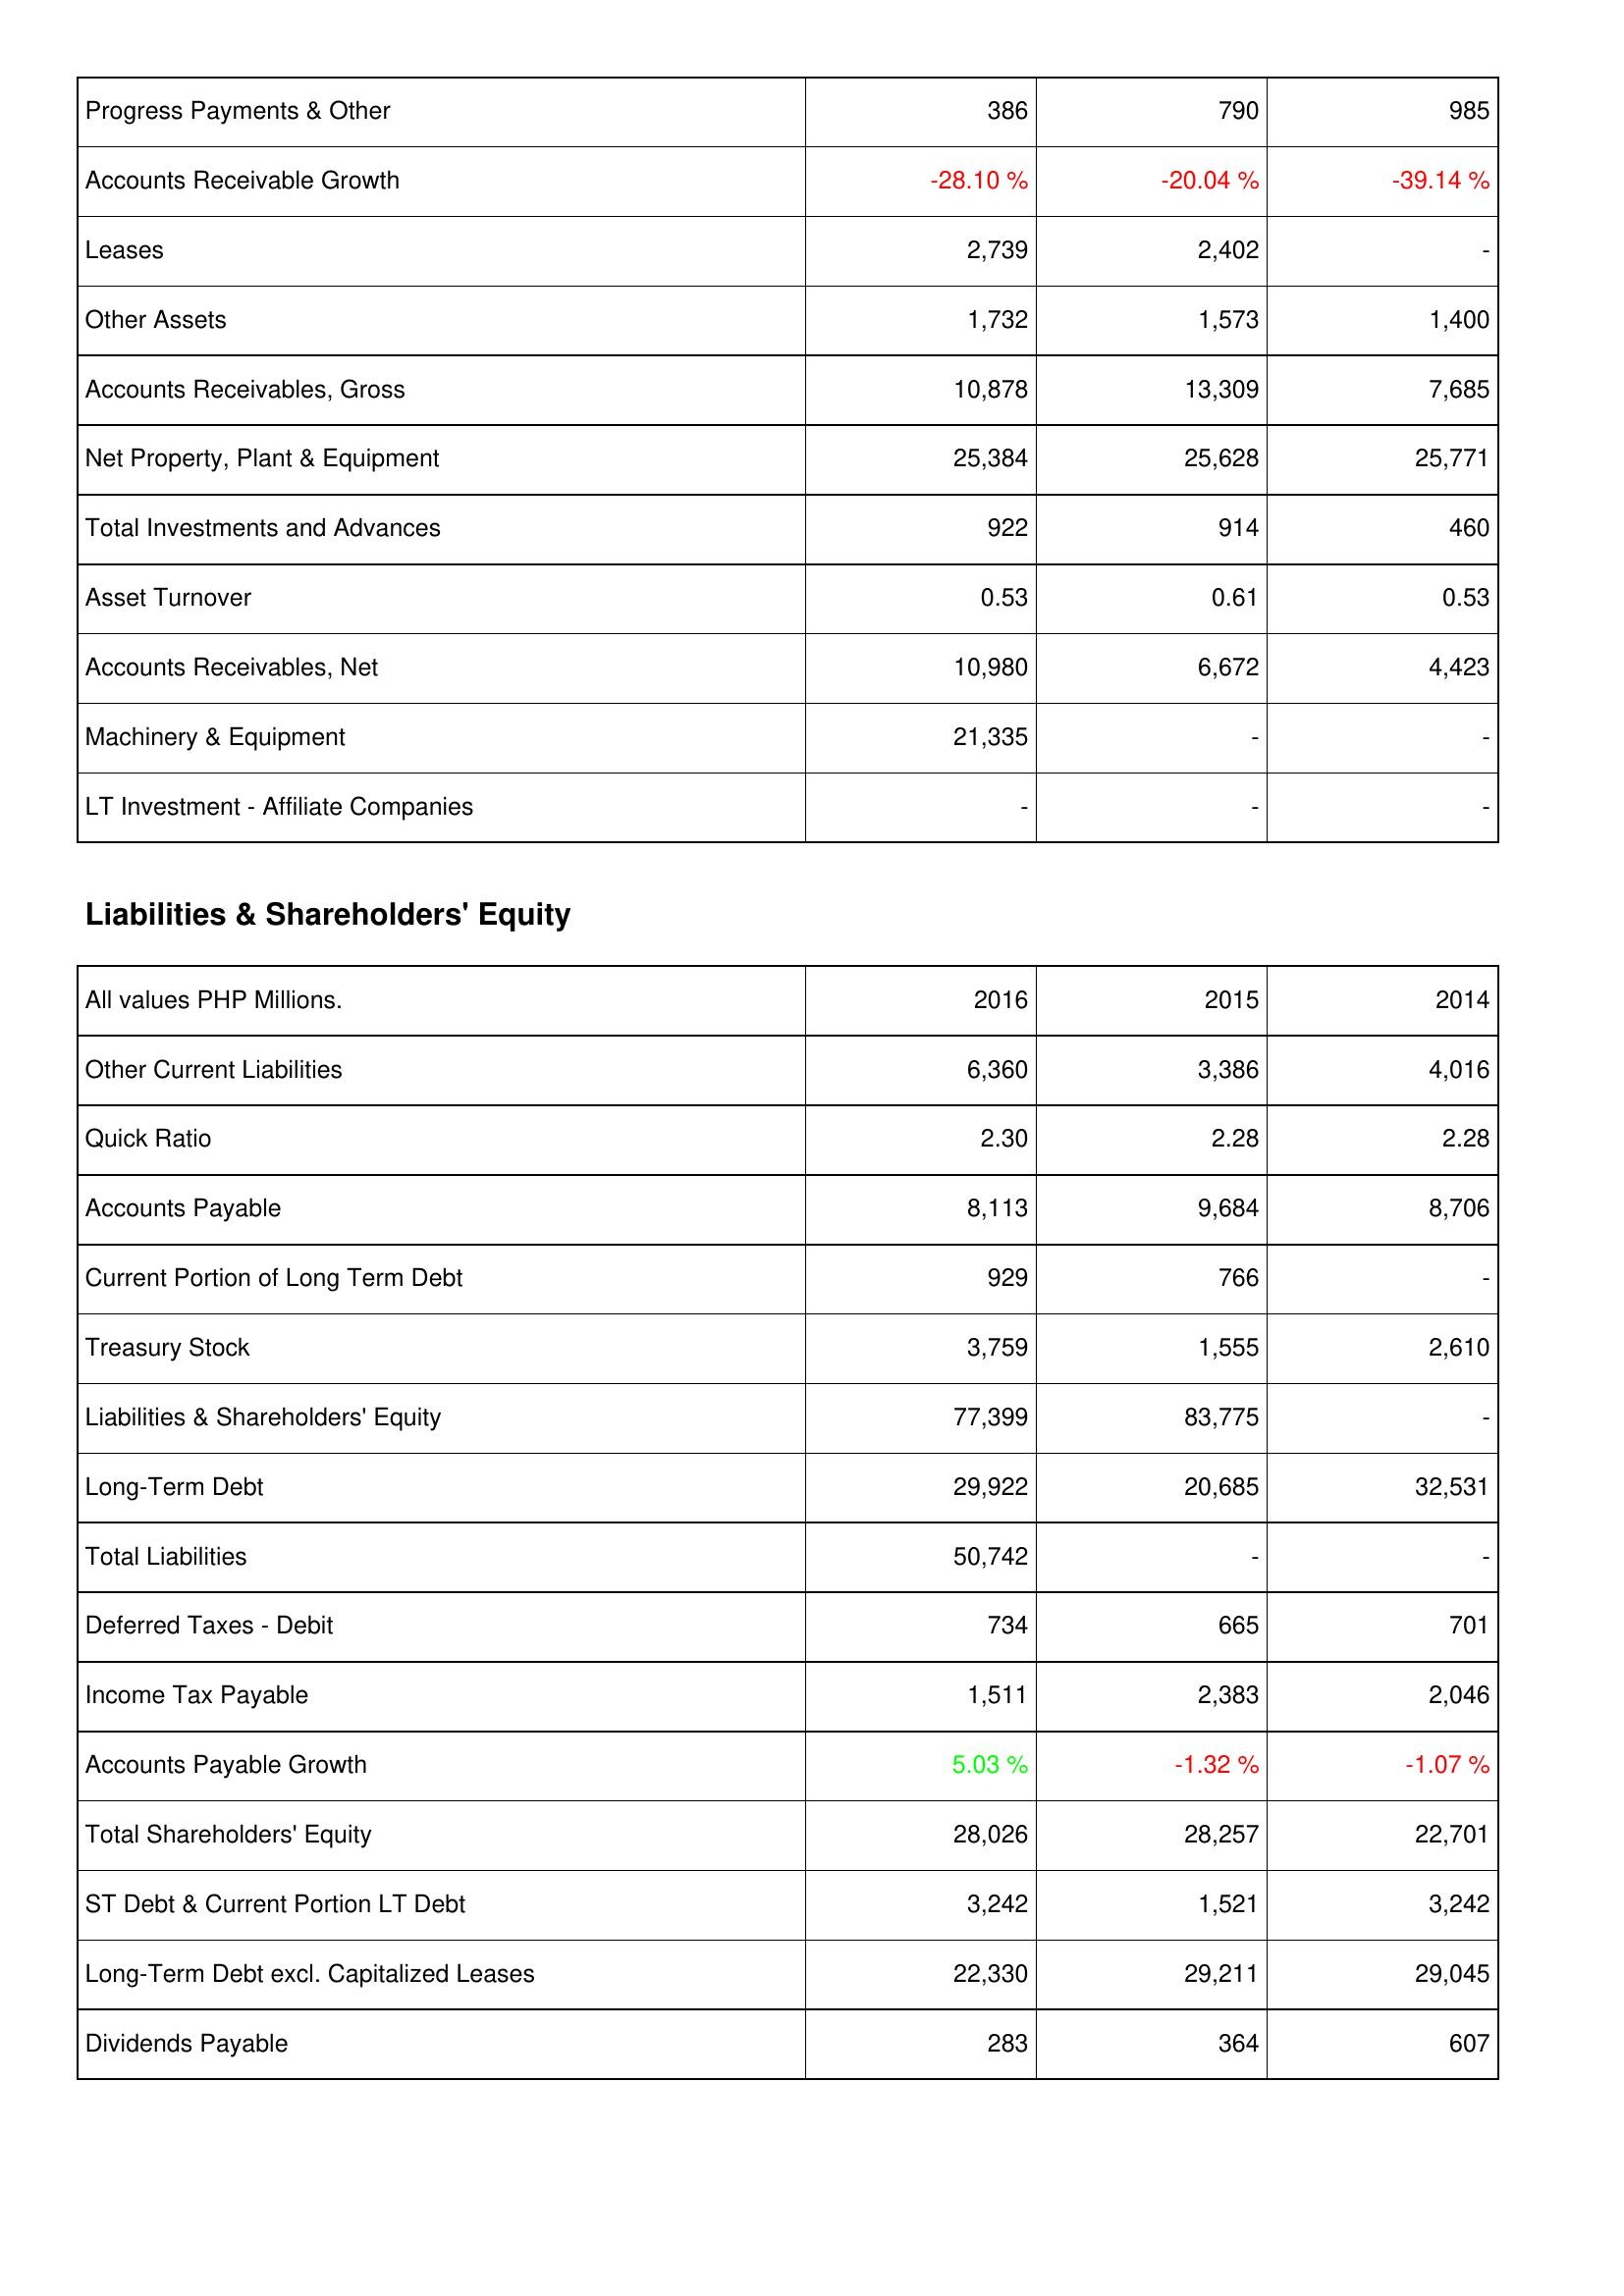
2016: Assets: Progress Payments & Other: 386
Accounts Receivable Growth: -28.10 %
Leases: 2,739
Other Assets: 1,732
Accounts Receivables, Gross: 10,878
Net Property, Plant & Equipment: 25,384
Total Investments and Advances: 922
Asset Turnover: 0.53
Accounts Receivables, Net: 10,980
Machinery & Equipment: 21,335
LT Investment - Affiliate Companies: -
Liabilities & Shareholders' Equity: Other Current Liabilities: 6,360
Quick Ratio: 2.30
Accounts Payable: 8,113
Current Portion of Long Term Debt: 929
Treasury Stock: 3,759
Liabilities & Shareholders' Equity: 77,399
Long-Term Debt: 29,922
Total Liabilities: 50,742
Deferred Taxes - Debit: 734
Income Tax Payable: 1,511
Accounts Payable Growth: 5.03 %
Total Shareholders' Equity: 28,026
ST Debt & Current Portion LT Debt: 3,242
Long-Term Debt excl. Capitalized Leases: 22,330
Dividends Payable: 283
2015: Assets: Progress Payments & Other: 790
Accounts Receivable Growth: -20.04 %
Leases: 2,402
Other Assets: 1,573
Accounts Receivables, Gross: 13,309
Net Property, Plant & Equipment: 25,628
Total Investments and Advances: 914
Asset Turnover: 0.61
Accounts Receivables, Net: 6,672
Machinery & Equipment: -
LT Investment - Affiliate Companies: -
Liabilities & Shareholders' Equity: Other Current Liabilities: 3,386
Quick Ratio: 2.28
Accounts Payable: 9,684
Current Portion of Long Term Debt: 766
Treasury Stock: 1,555
Liabilities & Shareholders' Equity: 83,775
Long-Term Debt: 20,685
Total Liabilities: -
Deferred Taxes - Debit: 665
Income Tax Payable: 2,383
Accounts Payable Growth: -1.32 %
Total Shareholders' Equity: 28,257
ST Debt & Current Portion LT Debt: 1,521
Long-Term Debt excl. Capitalized Leases: 29,211
Dividends Payable: 364
2014: Assets: Progress Payments & Other: 985
Accounts Receivable Growth: -39.14 %
Leases: -
Other Assets: 1,400
Accounts Receivables, Gross: 7,685
Net Property, Plant & Equipment: 25,771
Total Investments and Advances: 460
Asset Turnover: 0.53
Accounts Receivables, Net: 4,423
Machinery & Equipment: -
LT Investment - Affiliate Companies: -
Liabilities & Shareholders' Equity: Other Current Liabilities: 4,016
Quick Ratio: 2.28
Accounts Payable: 8,706
Current Portion of Long Term Debt: -
Treasury Stock: 2,610
Liabilities & Shareholders' Equity: -
Long-Term Debt: 32,531
Total Liabilities: -
Deferred Taxes - Debit: 701
Income Tax Payable: 2,046
Accounts Payable Growth: -1.07 %
Total Shareholders' Equity: 22,701
ST Debt & Current Portion LT Debt: 3,242
Long-Term Debt excl. Capitalized Leases: 29,045
Dividends Payable: 607